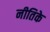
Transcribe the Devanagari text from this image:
नीतिके